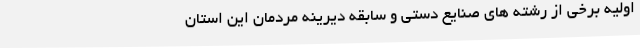
اولیه برخی از رشته های صنایع دستی و سابقه دیرینه مردمان این استان